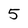
Character: 5